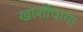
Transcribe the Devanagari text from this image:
खाशीपागा